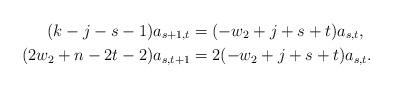
LaTeX: \begin{align*} (k-j-s-1)a_{s+1,t} & = (-w_2+j+s+t)a_{s,t} , \\ (2w_2 + n - 2t - 2)a_{s,t+1} & = 2(-w_2+j+s+t)a_{s,t} . \end{align*}